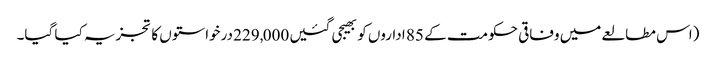
(اس مطالعے میں وفاقی حکومت کے 85 اداروں کو بھیجی گئیں 229,000 درخواستوں کا تجزیہ کیا گیا۔